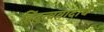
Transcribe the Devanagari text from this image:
हिंदुत्ववादाचे